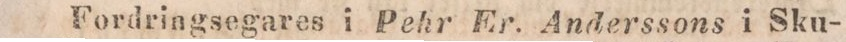
Fordringsegares i Pehr Er. Anderssons i Sku-